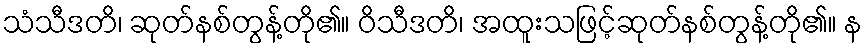
သံသီဒတိ၊ ဆုတ်နစ်တွန့်တို၏။ ဝိသီဒတိ၊ အထူးသဖြင့်ဆုတ်နစ်တွန့်တို၏။ န